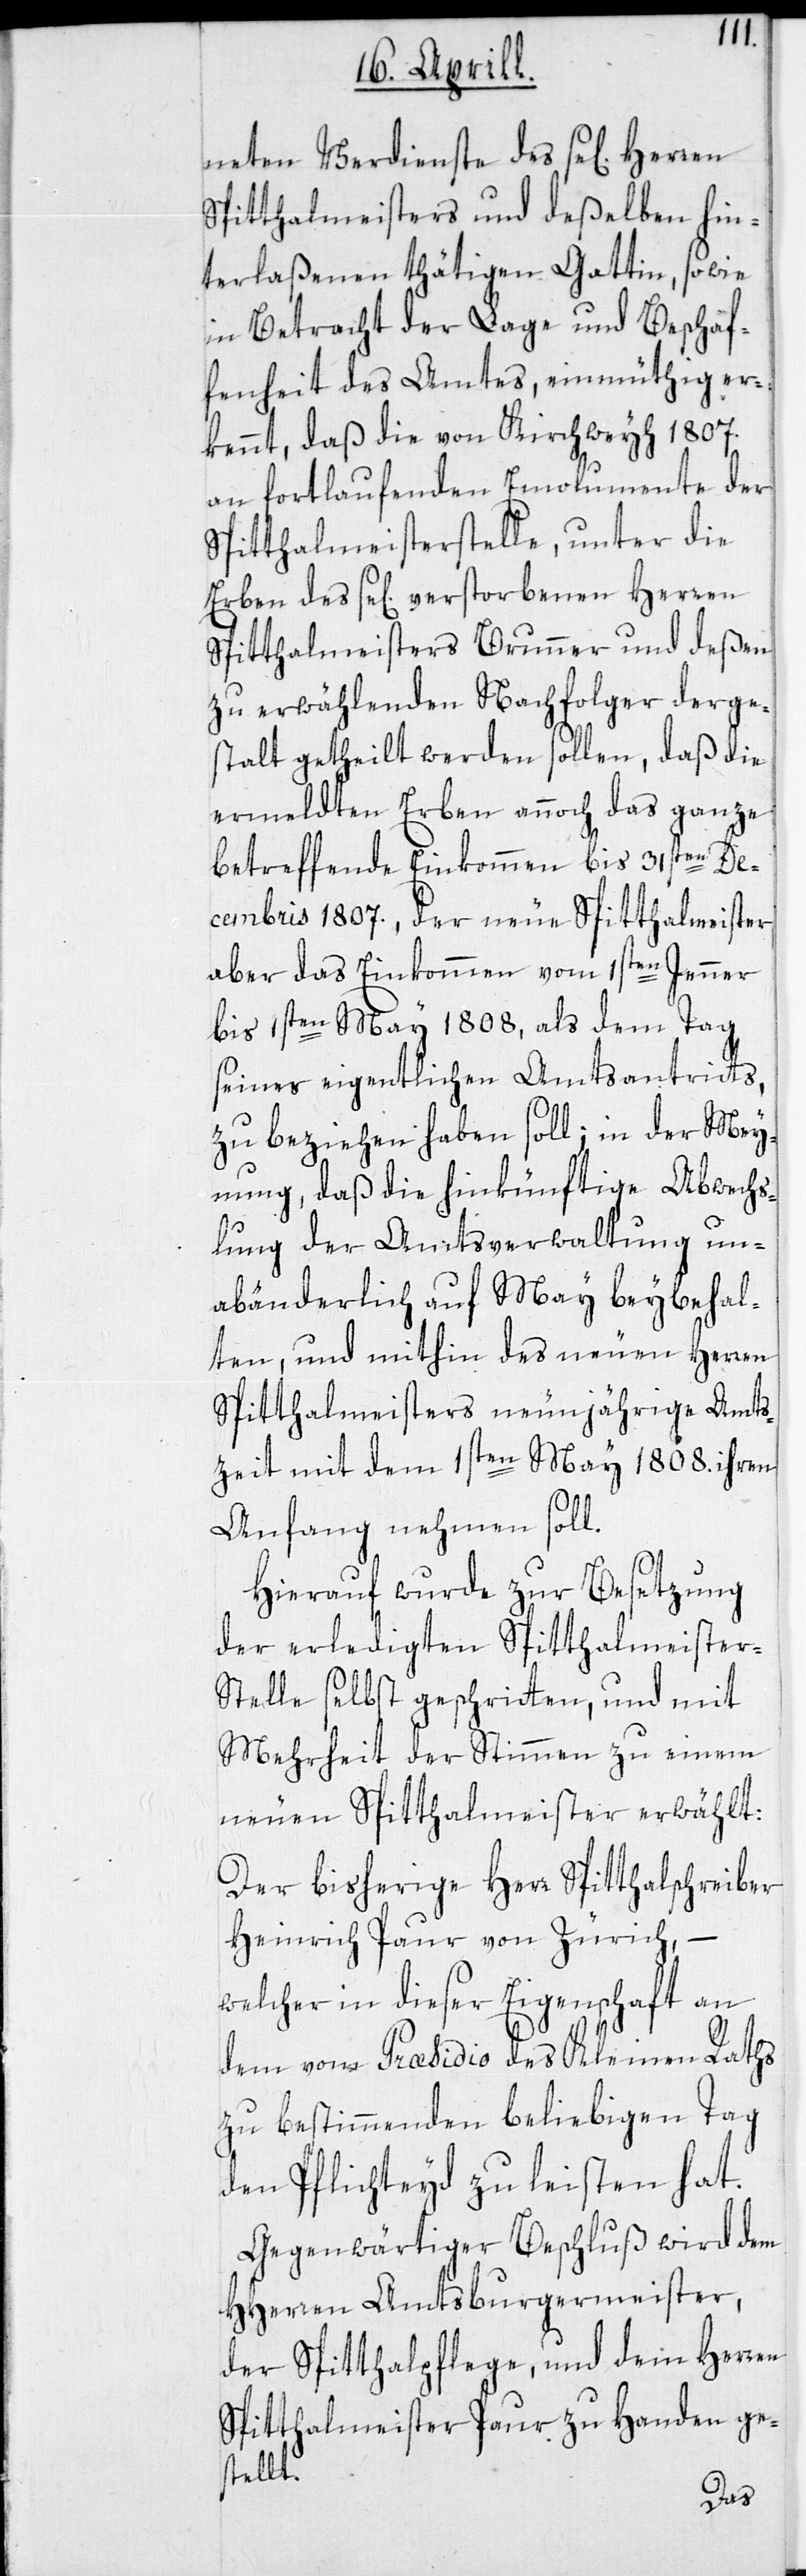
neten Verdienste des se[lig]
Spitthalmeisters und deßelben hin¬
terlaßenen thätigen Gattin, sowie
in Betracht der Lage und Beschaf¬
fenheit des Amtes, einmüthig er¬
kennt, daß die von Kirchweyh 1807.
an fortlaufenden Emolumente der
Spitthalmeisterstelle, unter die
Erben des se[lig] verstorbenen Herren
Spitthalmeisters Brunner und deßen
zu erwählenden Nachfolger derge¬
stalt getheilt werden sollen, daß die
ermeldten Erben annoch das ganze
betreffende Einkommen bis 31sten De¬
cembris 1807., der neue Spitthalmeister
aber das Einkommen vom 1sten Jenner
bis 1sten May 1808, als dem Tag
seines eigentlichen Amtsantritts,
zu beziehen haben soll; in der Mey¬
nung, daß die hinkünftige Abwechs¬
lung der Amtsverwaltung un¬
abänderlich auf May beybehal¬
ten, und mithin des neuen Herren
Spitthalmeisters neunjährige Amts¬
zeit mit dem 1sten May 1808. ihren
Anfang nehmen soll.
Hierauf wurde zur Besetzung
der erledigten Spitthalmeister-S¬
telle selbst geschritten, und mit
Mehrheit der Stimmen zu einem
neuen Spitthalmeister erwählt:
Der bisherige Herr Spitthalschreiber
Heinrich Paur von Zürich, –
welcher in dieser Eigenschaft an
dem vom Praesidio des Kleinen Raths
zu bestimmenden beliebigen Tag
den Pflichteyd zu leisten hat.
Gegenwärtiger Beschluß wird dem
HHerren Amtsburgermeister,
der Spitthalpflege, und dem Herren
Spitthalmeister Paur zu Handen ge¬
stellt.